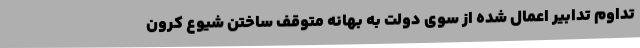
تداوم تدابیر اعمال شده از سوی دولت به بهانه متوقف ساختن شیوع کرون